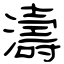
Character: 濤